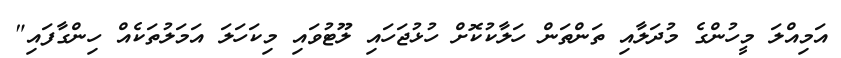
އަމިއްލަ މީހުންގެ މުދަލާއި ތަންތަން ހަލާކުކޮށް ހުޅުޖަހައި ލޫޓުވައި މިކަހަލަ އަމަލުތަކެއް ހިންގާފައި"